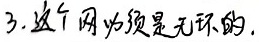
3. 这个网必须是无环的.